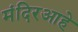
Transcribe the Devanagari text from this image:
मंदिरआहे